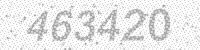
Solution: 463420